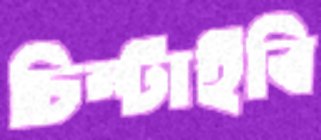
চিম্‌টাইবি